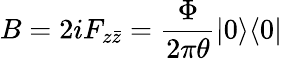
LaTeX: B=2iF_{z\bar{z}}=\frac{\Phi}{2\pi\theta}|0\rangle\langle 0|